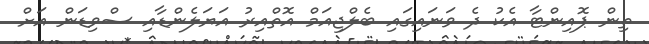
ތިން ޕޮއިންޓާ އެކު ދެ ވަނައިގައި ބެލްޖިއަމް އޮތްއިރު އަޔަލެންޑާއި ސްވިޑަން އަށް